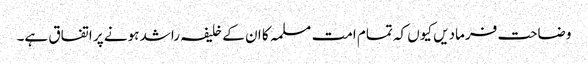
وضاحت فرمادیں کیوں کہ تمام امت مسلمہ کا ان کے خلیفہ راشد ہونے پر اتفاق ہے۔